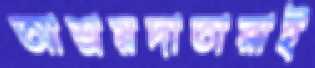
আশ্রয়দাতারাই